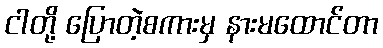
ငါတို့ ပြောတဲ့စကားမှ နားမထောင်တာ